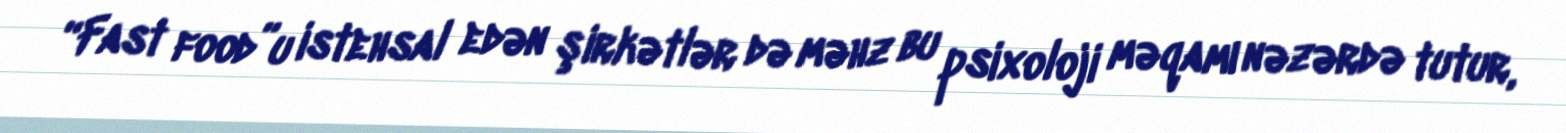
“Fast food”u istehsal edən şirkətlər də məhz bu psixoloji məqamı nəzərdə tutur,